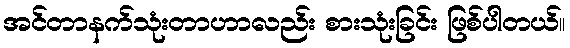
အင်တာနက်သုံးတာဟာလည်း စားသုံးခြင်း ဖြစ်ပါတယ်။